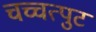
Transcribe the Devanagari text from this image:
चच्चत्पुट